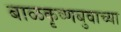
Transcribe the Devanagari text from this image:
बाळकृष्णबुवाच्या